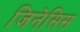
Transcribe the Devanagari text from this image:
जिनेसिस